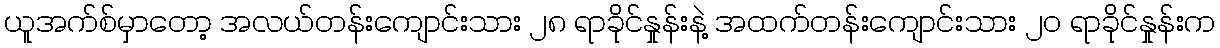
ယူအက်စ်မှာတော့ အလယ်တန်းကျောင်းသား ၂၈ ရာခိုင်နှုန်းနဲ့ အထက်တန်းကျောင်းသား ၂၀ ရာခိုင်နှုန်းက